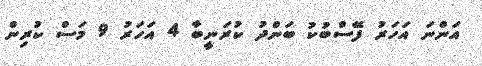
އަންނަ އަހަރު ފޭސްބުކު ބަންދު ކުރަނީބާ 4 އަހަރު 9 މަސް ކުރިން